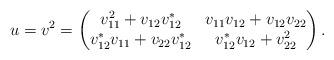
LaTeX: \begin{align*} u=v^2=\begin{pmatrix} v_{11}^2+v_{12}v_{12}^* & v_{11}v_{12}+v_{12}v_{22}\\ v_{12}^*v_{11}+v_{22}v_{12}^* & v_{12}^*v_{12}+v_{22}^2\end{pmatrix}.\end{align*}